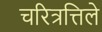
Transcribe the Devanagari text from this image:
चरित्रत्तिले